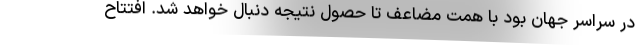
در سراسر جهان بود با همت مضاعف تا حصول نتیجه دنبال خواهد شد. افتتاح